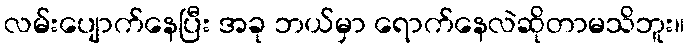
လမ်းပျောက်နေပြီး အခု ဘယ်မှာ ရောက်နေလဲဆိုတာမသိဘူး။